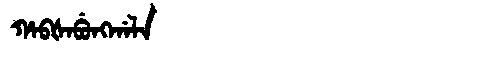
Manchu: ᡥᠠᠪᡧᠠᠪᡠᠩᡤᠠᠯᠠ
Romanization: HABŠABUNGGALA